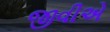
જીવીએ